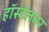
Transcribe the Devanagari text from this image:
हॉस्टेलवर